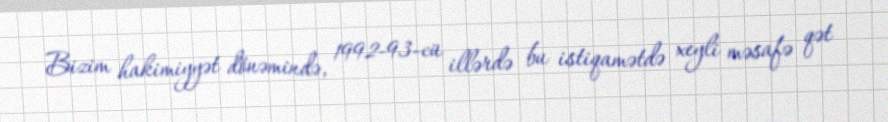
Bizim hakimiyyət dönəmində, 1992-93-cü illərdə bu istiqamətdə xeyli məsafə qət